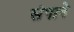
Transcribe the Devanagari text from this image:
संपाने